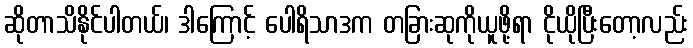
ဆိုတာသိနိုင်ပါတယ်၊ ဒါကြောင့် ပေါရိသာဒက တခြားဆုကိုယူဖို့ရာ ငိုယိုပြီးတော့လည်း